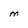
Character: M